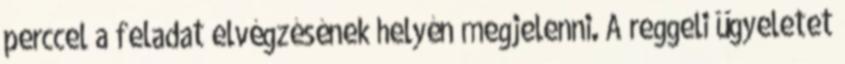
perccel a feladat elvégzésének helyén megjelenni. A reggeli ügyeletet